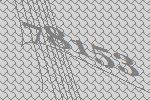
78153